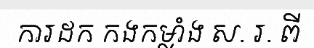
ការដក កងកម្លាំង ស. រ. ពី